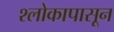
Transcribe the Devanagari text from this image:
श्लोकापासून